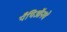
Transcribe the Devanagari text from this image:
पँथिऑनचे